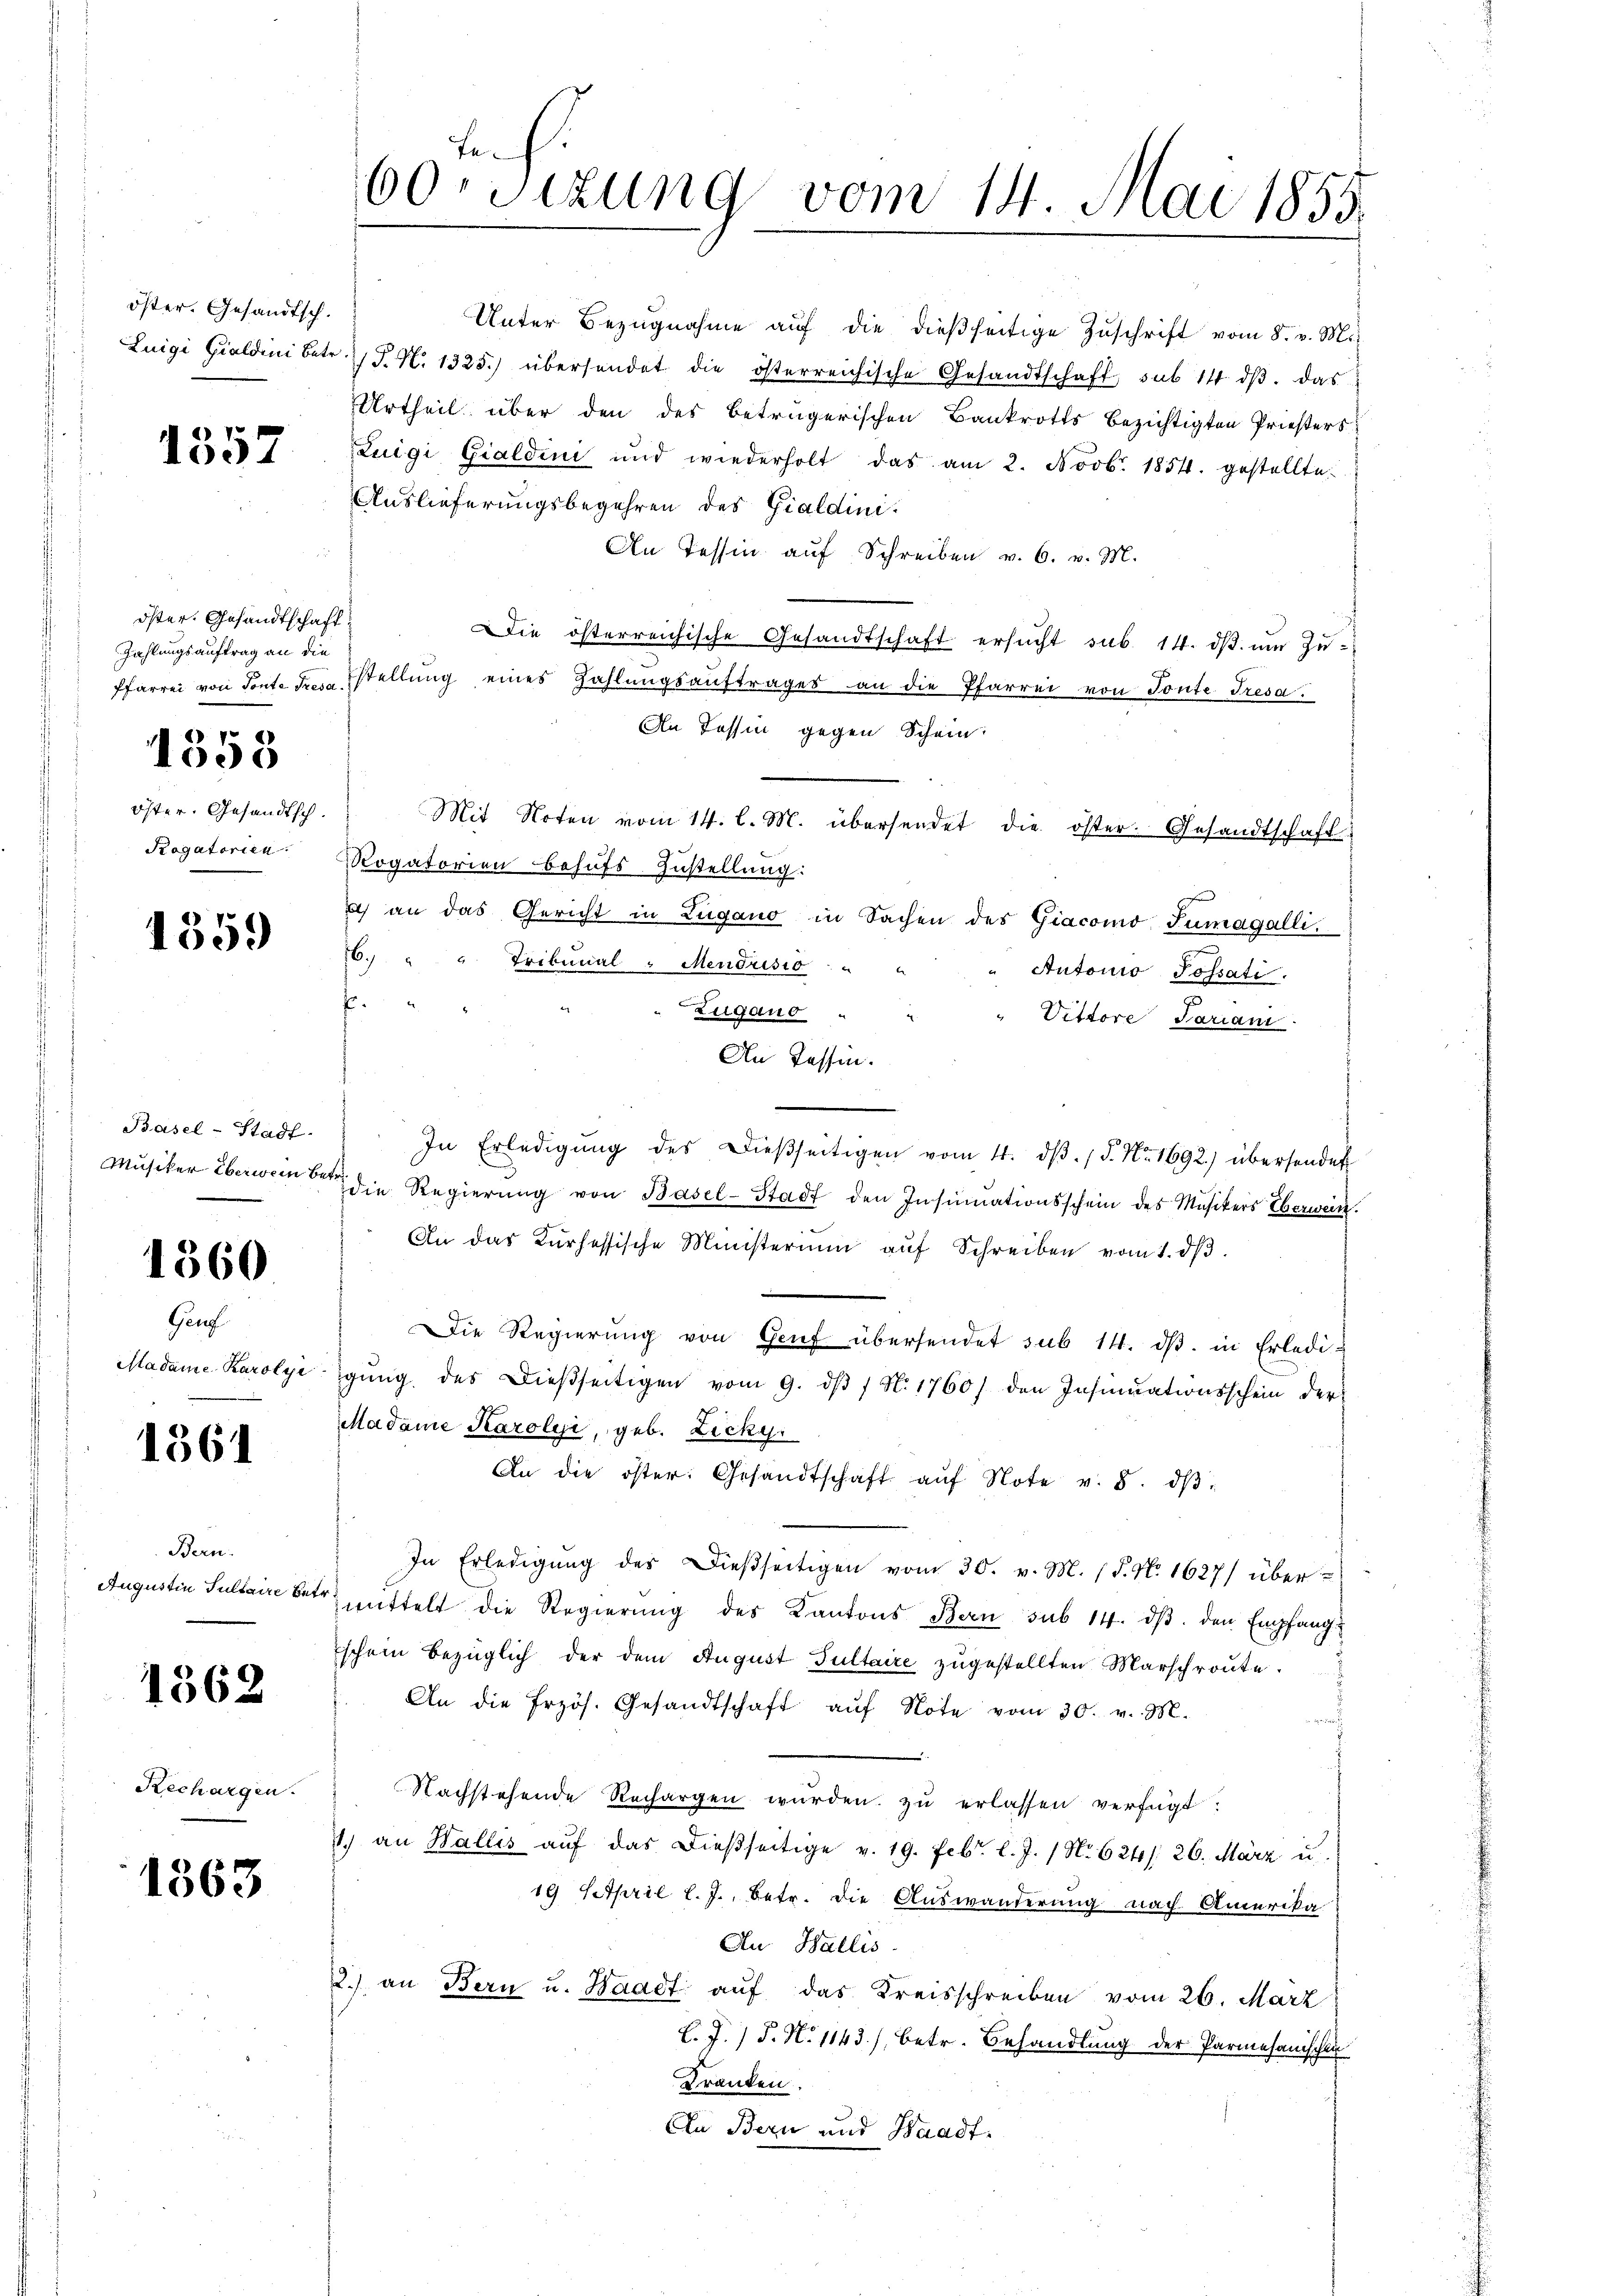
öster. Gesandtsch.

1357

öster. Gesandtschaft
Zahlungsauftrag an die

1358

Öster. Gesandtsch.
Rogatorien.

1359

Basel-Stadt.
Musiker Überwein betr.

1360

Gen
Madame. Karolie

1361

Bern.
Augustin Sultaire betr.

1362

Rechargen.

1363

Er
60.sizung vom 14. Mai 1855.

Unter Bezŭgnahme aŭf die dießseitige Zŭschrift vom 8. v. M.
Luigi Gialdini betr. P. N. 1325.) übersendet die österreichische Gesandtschaft, sub 14 dβ. das
Urtheil über den des betrügerischen Bankrotts bezichtigten Priesters
Luigi Gialdini und wiederholt das am 2. Novb. 1854. gestellte
Auslieferungsbegehren des Gialdini¬
An Tessin auf Schreiben v. 6. v. M.
Die österreichische Gesandtschaft ersŭcht sub. 14. dβ ŭm Zŭ-
Pfarrei von Sonte der stellung eines Zahlungsaŭftrages an die Pfarrei von Tonte Tresa
An Tessin gegen Schein.
Mit Noten vom 14. l. M. übersendet die öster. Gesandtschaft
Rogatorien behufs Zustellung:
ich an das Gericht in Zugano in Sachen des Giacomo Tumagalli.
6. " " Tribunal - Mendrisio
Autonio Possati.
.
Zugano " " " Vittore Jariani.
An Tessin.
In Erledigŭng des dießseitigen vom 4. dβ. / 5. No. 1692) übersendet
die Regierŭng von Basel-Stadt den Insinuationsschein des Musikers Eberwein.
An das Kurhessische Ministerium auf Schreiben vom 1. dβ.
Die Regierŭng von Genf übersendet sub 14. dβ. in Erledi-
igŭng des dießseitigen vom 9. dβ / N. 1760) den Insinuationsschein der
Madame Karolii, geb. Zicky
An die öster. Gesandtschaft aŭf Note v. 8. dβ
In Erledigŭng des dießseitigen vom 30. v. M. 1 S. N. 1627) über
mittelt die Regierŭng des Kantons Bern sub 14. dβ. den Empfang
schen bezüglich der dem August Sultaire zugestellten Marschroute.
An die frzös. Gesandtschaft aŭf Note vom 30. v. M.
d
Nachstehende Rechargen wurden zu erlassen verfügt:
1.) an Wallis aŭf das dießseitige v. 19. Febr. l. J. 1 No 624/: 26. März u.
19 Stpril l. J., betr. die Auswanderung nach Amerika
An Wallis.
2.) an Bern u. Waadt auf das Kreisschreiben vom 26. März
L. J. P. N. 1143), betr. Behandlung der Parmesanischen
Franken.
An Bern und Waadt.